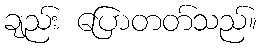
ချည်း ပြောတတ်သည်။